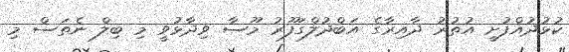
ކުޅުދުއްފުށީ އުތުރު ދާއިރާގެ އަބްދުލްގަފޫރު މޫސާ ވިދާޅުވީ މި ބިލް ނެތަސް މި